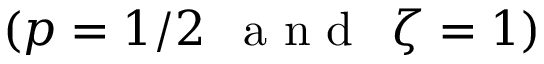
( p = 1 / 2 \, \; \textrm { a n d } \, \; \zeta = 1 )